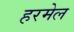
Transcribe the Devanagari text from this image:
हरमेल